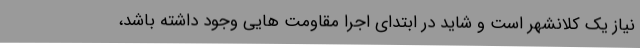
نیاز یک کلانشهر است و شاید در ابتدای اجرا مقاومت هایی وجود داشته باشد،